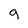
Character: g